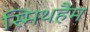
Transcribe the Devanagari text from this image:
स्मिथहैम